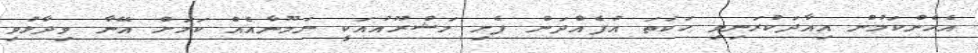
އެހެންކަމުން އިއާދަކުރަނިވި ހަކަތަ އުފެއްދަން ފެށި މަޝްރޫއުއަކީ ނަމޫނާއެއް ކަމަށް އޭނާ ވިދާޅުވި